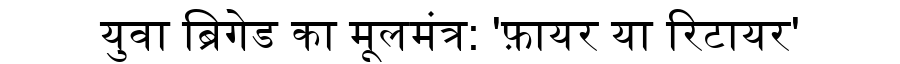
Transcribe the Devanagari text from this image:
युवा ब्रिगेड का मूलमंत्र: 'फ़ायर या रिटायर'